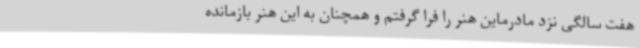
هفت سالگی نزد مادرماین هنر را فرا گرفتم و همچنان به این هنر بازمانده